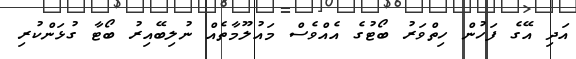
އަދި އޭގެ ފަހުން ހިތްވަރު ބޯޓުގެ އެއްވެސް މައުލޫމާތެއް ނުލިބޭއިރު ބޯޓާ ގުޅަންކުރި